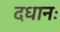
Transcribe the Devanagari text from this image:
दधानः